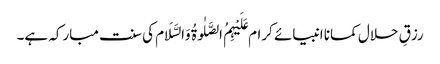
رزقِ حلال کمانا انبیائے کرام عَلَیْہِمُ الصَّلٰوۃُ وَالسَّلَام کی سنت مبارکہ ہے۔